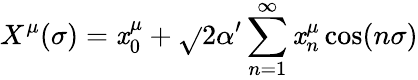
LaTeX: X^{\mu}(\sigma)=\mathit{x}_{0}^{\mu}+\sqrt{}{{2\alpha^{\prime}}}\sum_{n=1}^{\infty}{\mathit{x}_{n}^{\mu}\cos(n\sigma)}